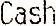
CASH